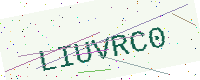
Text: LIUVRC0